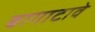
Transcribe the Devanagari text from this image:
बागाटावे